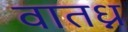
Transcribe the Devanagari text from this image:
वातध्न